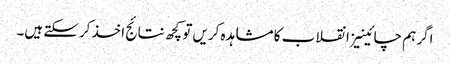
اگر ہم چائینیز انقلاب کا مشاہدہ کریں تو کچھ نتائج اخذ کرسکتے ہیں۔